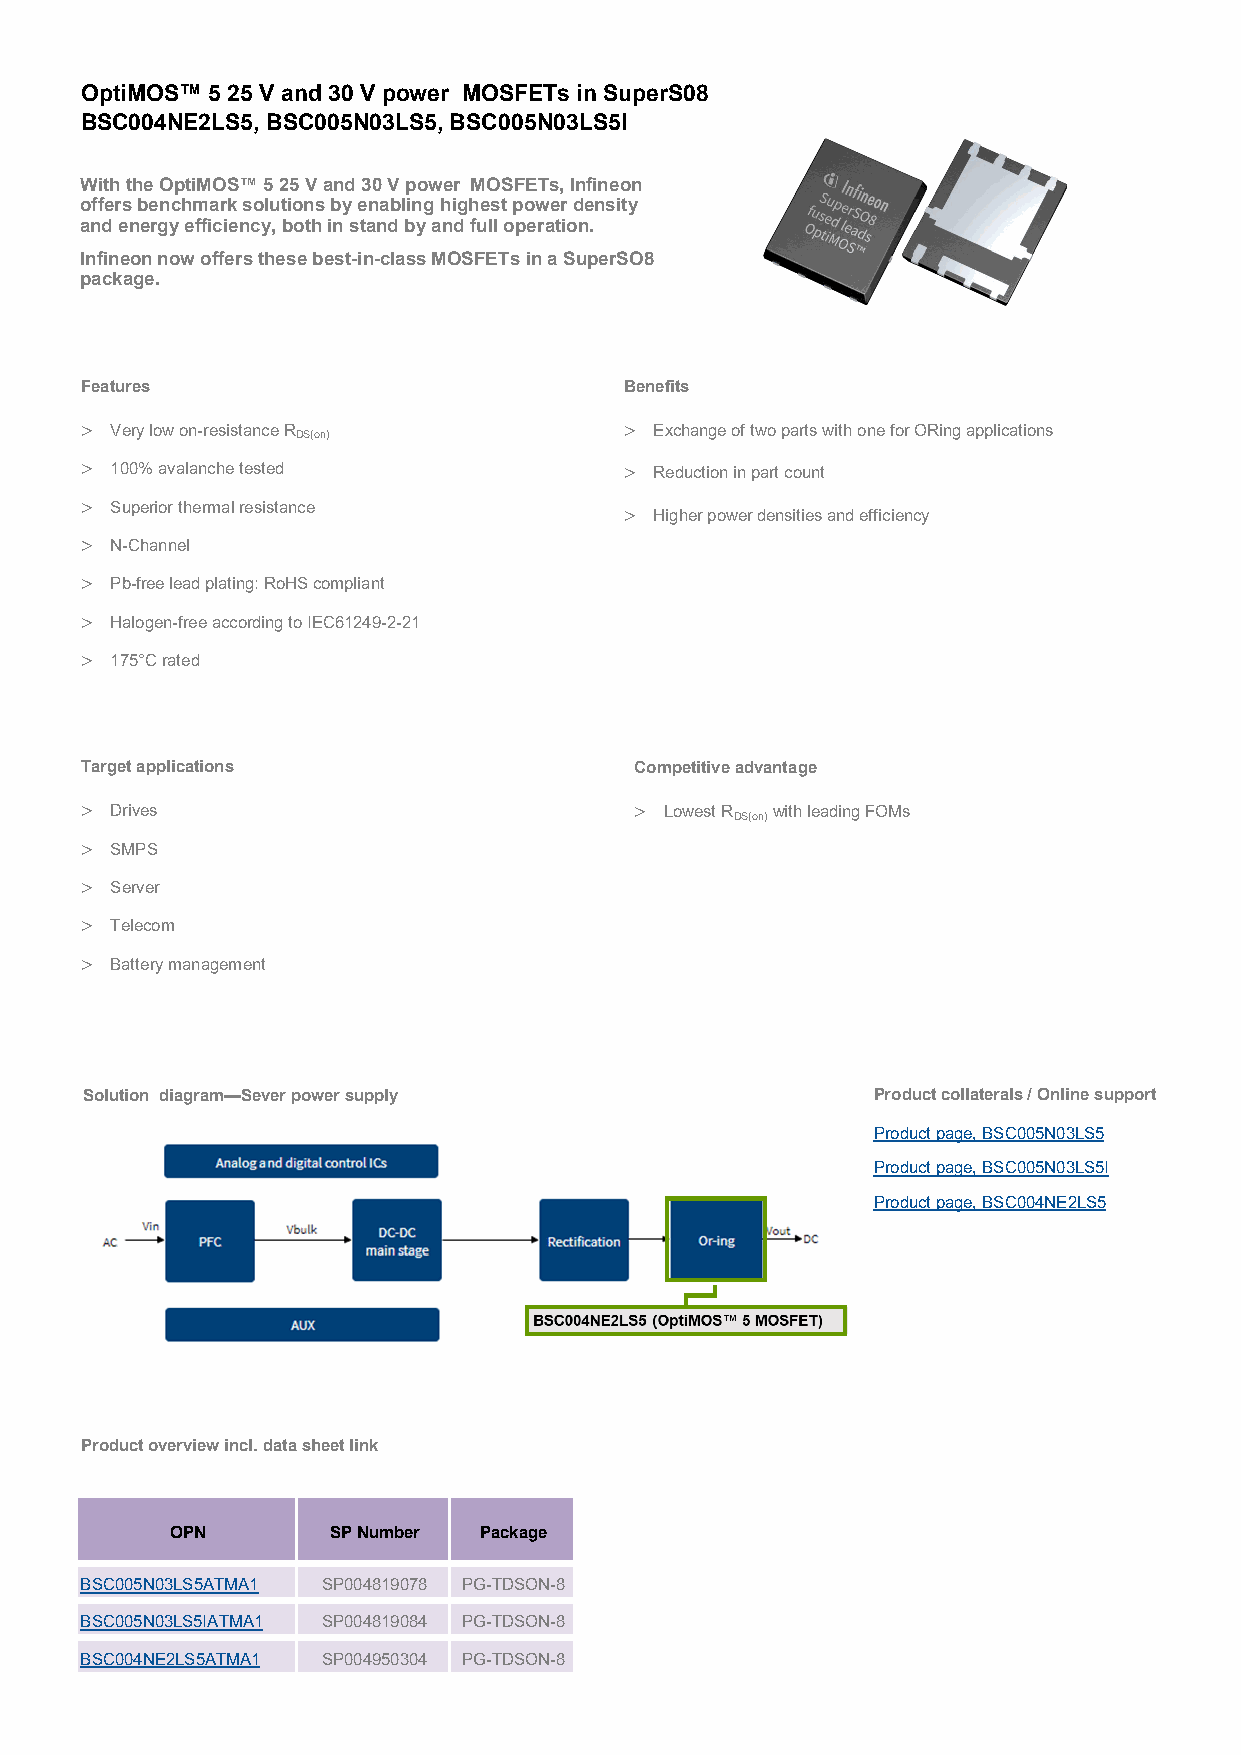
OptiMOS™ 5 25 V and 30 V power MOSFETs in SuperS08
 BSC004NE2LS5, BSC005N03LS5, BSC005N03LS5I
 With the OptiMOS™ 5 25 V and 30 V power MOSFETs, Infineon
 offers benchmark solutions by enabling highest power density
 and energy efficiency, both in stand by and full operation.
 Infineon now offers these best-in-class MOSFETs in a SuperSO8
 package.
 Features                            Benefits
  Very low on-resistance R           Exchange of two parts with one for ORing applications
 DS(on)
  100% avalanche tested              Reduction in part count
  Superior thermal resistance        Higher power densities and efficiency
  N-Channel
  Pb-free lead plating: RoHS compliant
  Halogen-free according to IEC61249-2-21
  175°C rated
 Target applications                  Competitive advantage
  Drives                              Lowest R with leading FOMs
 DS(on)
  SMPS
  Server
  Telecom
  Battery management
 Solution diagram—Sever power supply                 Product collaterals / Online support
 Product page, BSC005N03LS5
 Product page, BSC005N03LS5I
 Product page, BSC004NE2LS5
 Product overview incl. data sheet link
 OPN        SP Number Package
 BSC005N03LS5ATMA1 SP004819078 PG-TDSON-8
 BSC005N03LS5IATMA1 SP004819084 PG-TDSON-8
 BSC004NE2LS5ATMA1 SP004950304 PG-TDSON-8